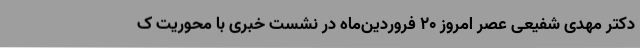
دکتر مهدی شفیعی عصر امروز 20 فروردین‌ماه در نشست خبری با محوریت ک